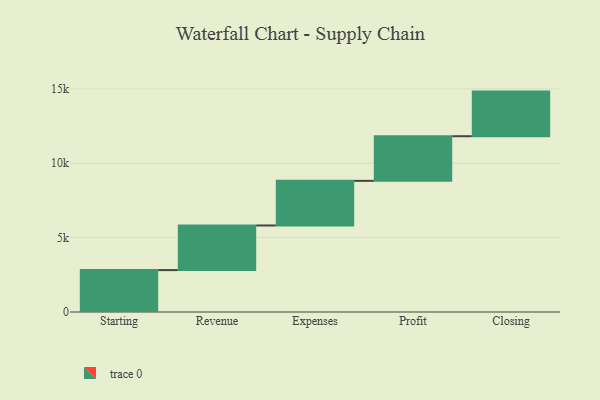
{"axis": {"x": "Step", "y": "Value"}, "legend": [""], "data": [{"x": "Starting", "y": 2817.0, "type": ""}, {"x": "Revenue", "y": 3000, "type": ""}, {"x": "Expenses", "y": 3000, "type": ""}, {"x": "Profit", "y": 3000, "type": ""}, {"x": "Closing", "y": 3000, "type": ""}]}